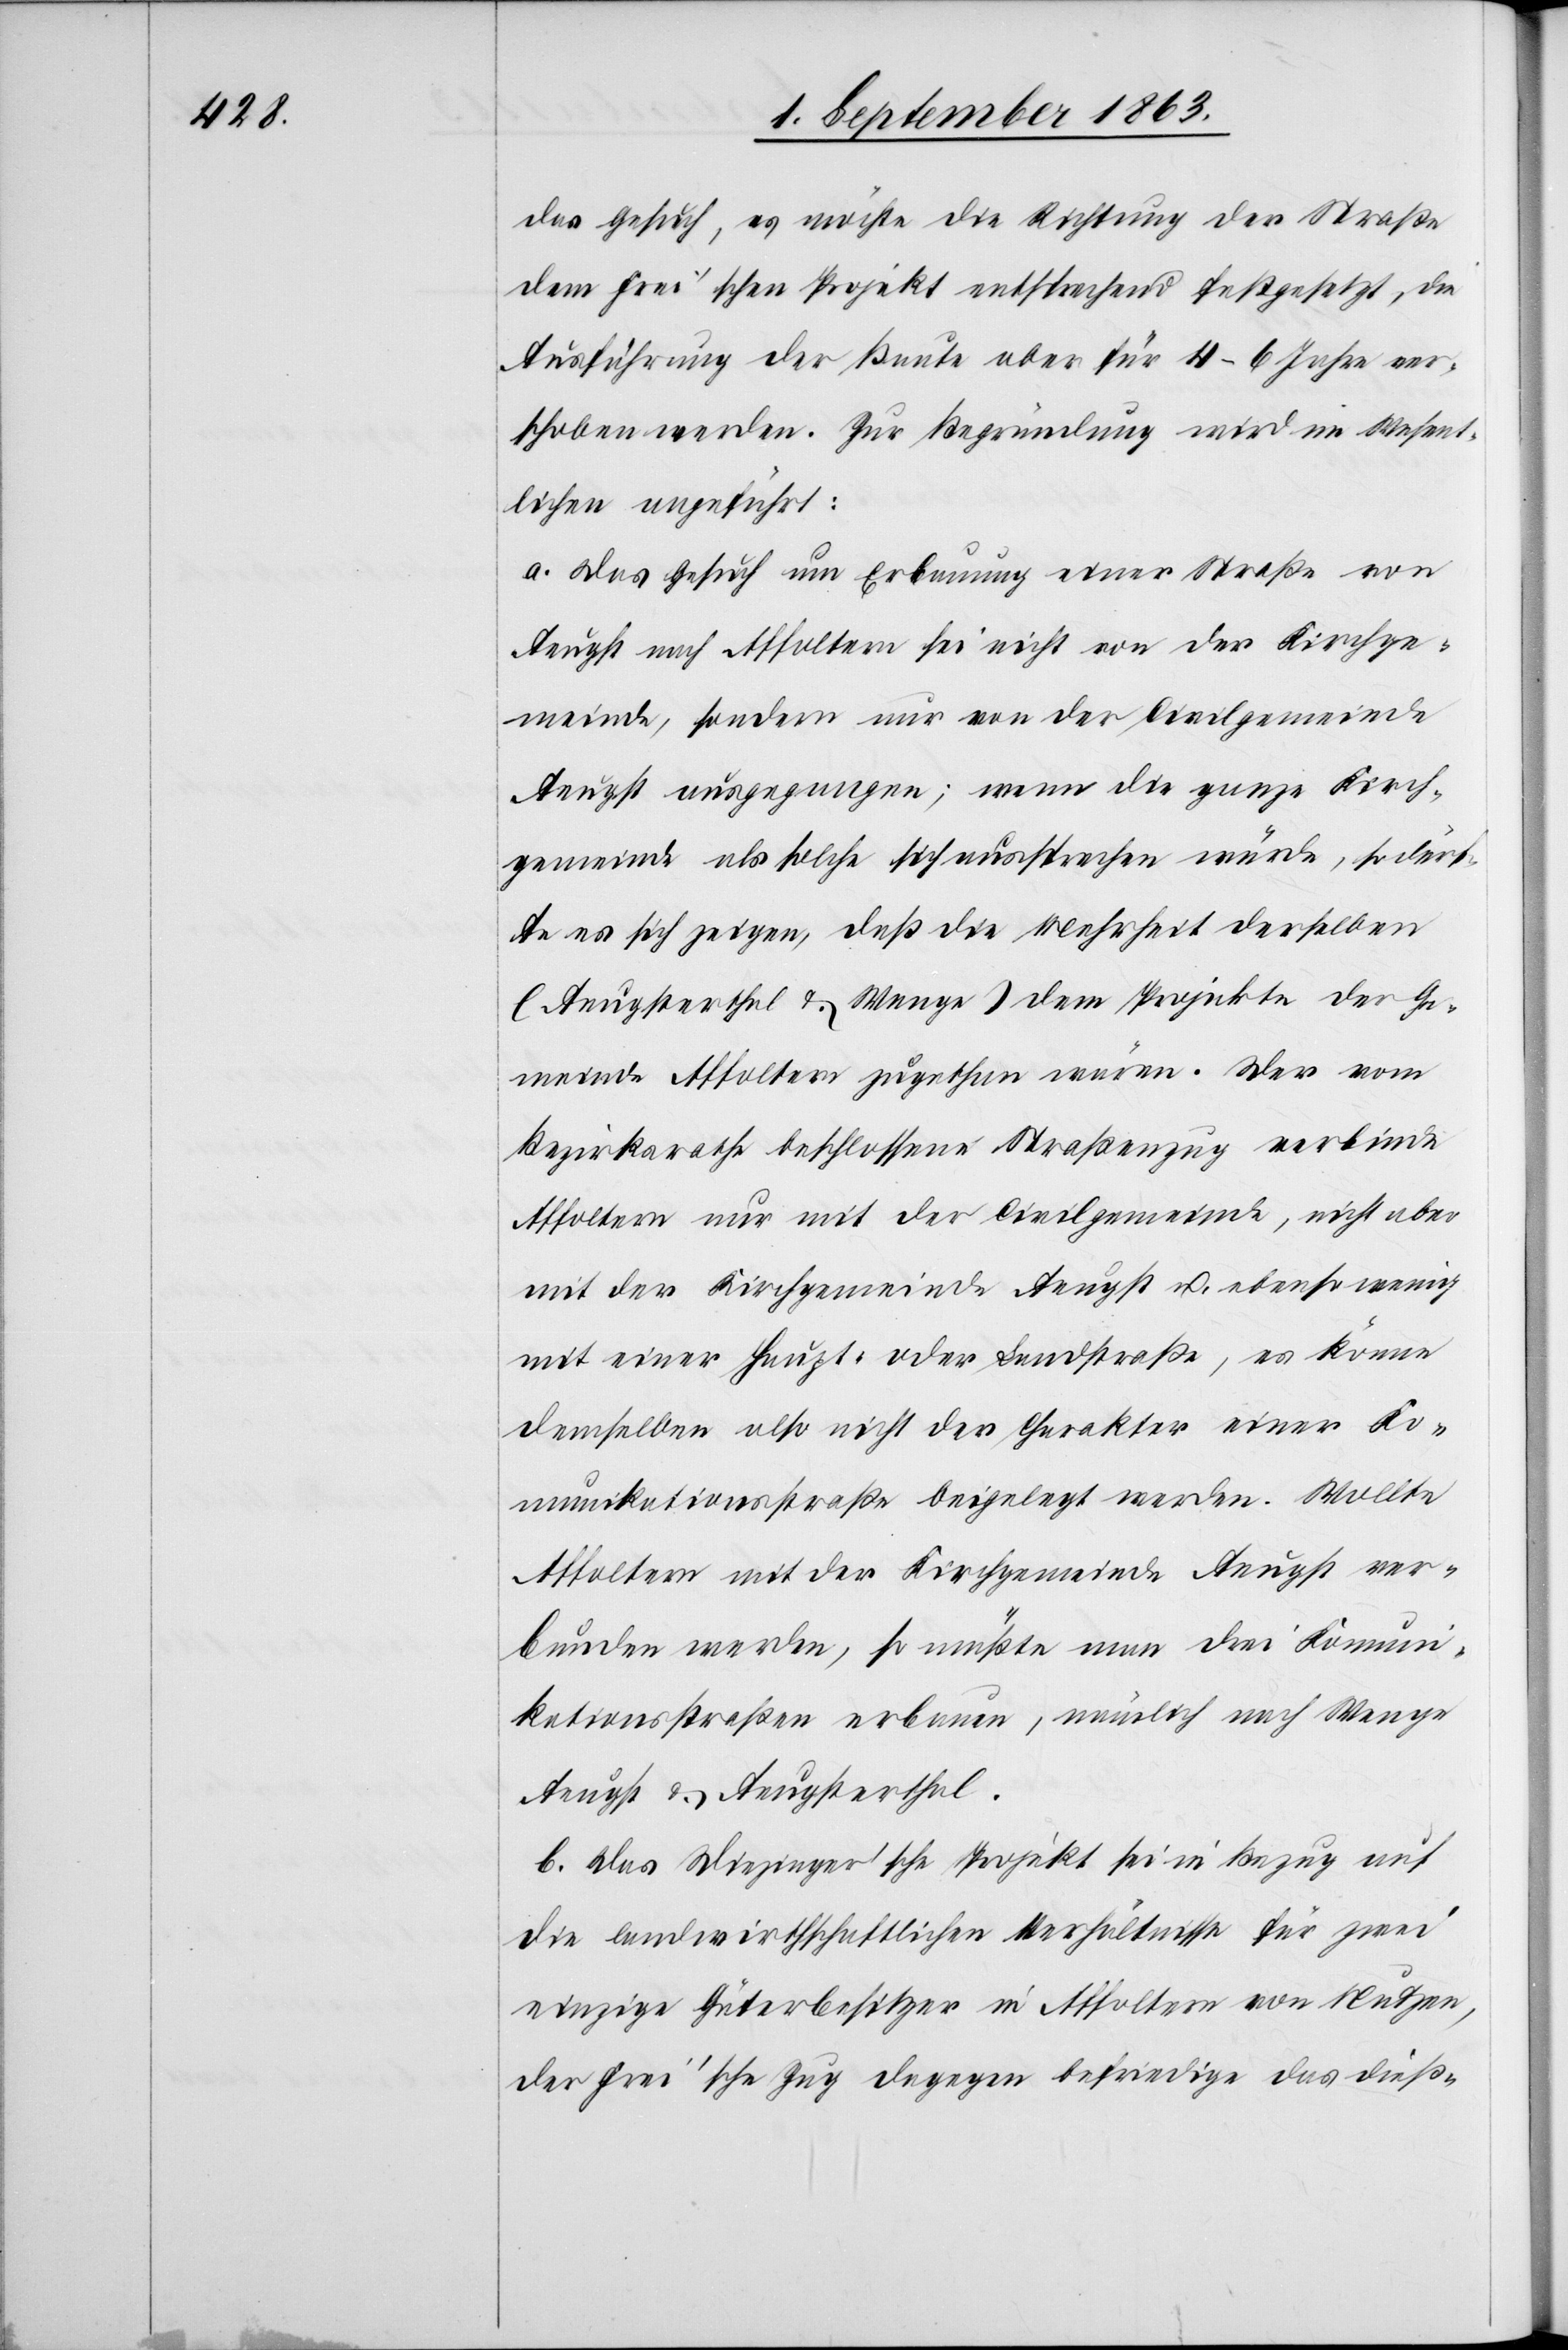
das Gesuch, es möchte die Richtung der Straße
dem Frei'schen Projekt entsprechend festgesetzt, die
Ausführung der Baute aber für 4–6 Jahre ver¬
schoben werden. Zur Begründung wird im Wesent¬
lichen angeführt:
a. Das Gesuch um Erbauung einer Straße von
Aeugst nach Affoltern sei nicht von der Kirchge¬
meinde, sondern nur von der Civilgemeinde
Aeugst ausgegangen; wenn die ganze Kirch¬
gemeinde als solche sich aussprechen würde, so dürf¬
te es sich zeigen, daß die Mehrheit derselben
(Aeugsterthal & Wenge) dem Projekte der Ge¬
meinde Affoltern zugethan wären. Der vom
Bezirksrathe beschlossene Straßenzug verbinde
Affoltern nur mit der Civilgemeinde, nicht aber
mit der Kirchgemeinde Aeugst u. ebenso wenig
mit einer Haupt- oder Landstraße, es könne
demselben also nicht der Charakter einer Ko¬
munikationsstraße beigelegt werden. Wollte
Affoltern mit der Kirchgemeinde Aeugst ver¬
bunden werden, so müßte man drei Komuni¬
kationsstraßen erbauen, nämlich nach Wenge,
Aeugst & Aeugsterthal.
b. Das Diezinger'sche Projekt sei in Bezug auf
die landwirthschaftlichen Verhältnisse für zwei
einzige Güterbesitzer in Affoltern von Nutzen,
der Frei'sche Zug dagegen befriedige das dieß-